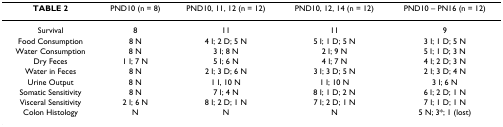
| TABLE 2 | PND10 (n = 8) | PND10, 11, 12 (n = 12) | PND10, 12, 14 (n = 12) | PND10 – PN16 (n = 12) |
 | --- | --- | --- | --- | --- |
 | Survival | 8 | 11 | 11 | 9 |
 | Food Consumption | 8 N | 4 I; 2 D; 5 N | 5 I; 1 D; 5 N | 3 I; 1 D; 5 N |
 | Water Consumption | 8 N | 3 I; 8 N | 2 I; 9 N | 5 I; 1 D; 3 N |
 | Dry Feces | 1 I; 7 N | 5 I; 6 N | 4 I; 7 N | 4 I; 2 D; 3 N |
 | Water in Feces | 8 N | 2 I; 3 D; 6 N | 3 I; 3 D; 5 N | 2 I; 3 D; 4 N |
 | Urine Output | 8 N | 1 I, 10 N | 1 I; 10 N | 3 I; 6 N |
 | Somatic Sensitivity | 8 N | 7 I; 4 N | 8 I; 1 D; 2 N | 6 I; 2 D; 1 N |
 | Visceral Sensitivity | 2 I; 6 N | 8 I; 2 D; 1 N | 7 I; 2 D; 1 N | 7 I; 1 D; 1 N |
 | Colon Histology | N | N | N | 5 N; 3*; 1 (lost) |